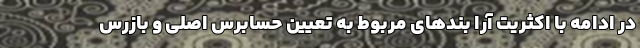
در ادامه با اکثریت آرا بندهای مربوط به تعیین حسابرس اصلی و بازرس